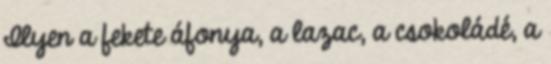
Ilyen a fekete áfonya, a lazac, a csokoládé, a